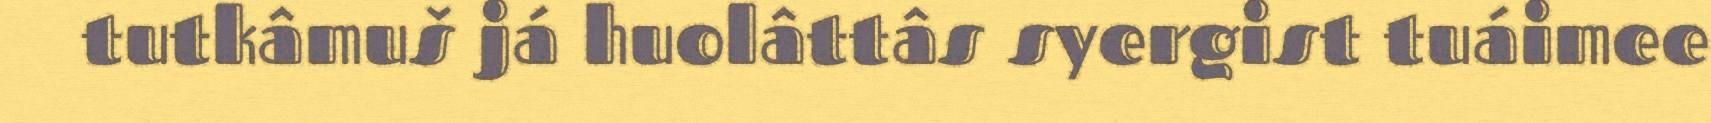
tutkâmuš já huolâttâs syergist tuáimee